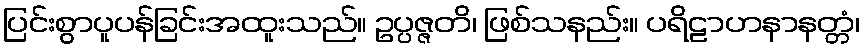
ပြင်းစွာပူပန်ခြင်းအထူးသည်။ ဥပ္ပဇ္ဇတိ၊ ဖြစ်သနည်း။ ပရိဠာဟနာနတ္တံ၊